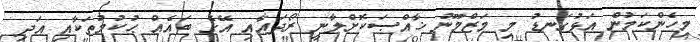
މިހެންކަމުން އަޅުގަނޑު މި މަޒްމޫނު ޚާއްޞަކޮށްލާނީ ރޯދައާއި އޭގެ ބައެއް ޙުކުމުތަކާއި އަދި